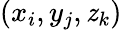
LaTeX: (x_{i},y_{j},\mathit{z}_{k})